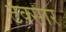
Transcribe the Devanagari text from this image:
टक्सार